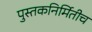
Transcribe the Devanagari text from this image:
पुस्तकनिर्मितीच